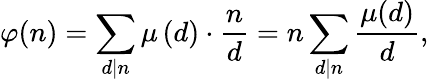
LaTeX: \varphi(n)=\sum_{d\mid n}\mu\left(d\right)\cdot{\frac{n}{d}}=n\sum_{d\mid n}{\frac{\mu(d)}{d}},